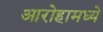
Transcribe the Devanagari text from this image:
आरोहामध्ये